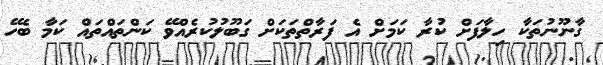
ގާނޫނުތަކާ ހިލާފަށް ކުރާ ކަމަށް އެ ފަރާތްތަކަށް ގަބޫލުކުރެއްވޭ ކަންތައްތައް ކަމާ ބެހޭ